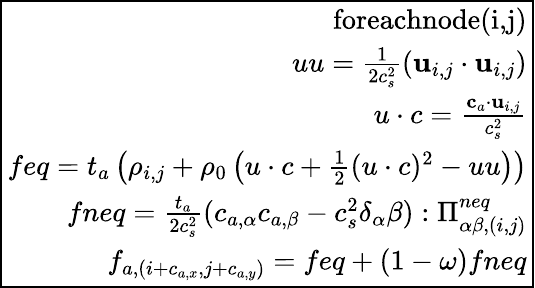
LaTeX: \boxed{\begin{array}{rcl}{\textrm{foreachnode(i,j)}}\\ {uu=\frac{1}{2c_{s}^{2}}(\mathbf{u}_{i,j}\cdot\mathbf{u}_{i,j})}\\ {u\cdot c=\frac{\mathbf{c}_{a}\cdot\mathbf{u}_{i,j}}{c_{s}^{2}}}\\ {feq=t_{a}\left(\rho_{i,j}+\rho_{0}\left(u\cdot c+\frac{1}{2}(u\cdot c)^{2}-uu\right)\right)}\\ {fneq=\frac{t_{a}}{2c_{s}^{2}}(c_{a,\alpha}c_{a,\beta}-c_{s}^{2}\delta_{\alpha}\beta):\Pi_{\alpha\beta,(i,j)}^{neq}}\\ {f_{a,(i+c_{a,x},j+c_{a,y})}=feq+(1-\omega)fneq}\end{array}}